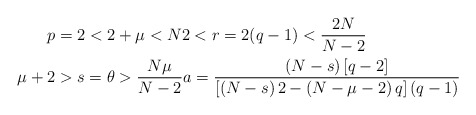
\begin{align*}p & =2<2+\mu<N2<r=2(q-1)<\frac{2N}{N-2}\\\mu+2 & >s=\theta>\frac{N\mu}{N-2}a=\frac{\left( N-s\right)\left[ q-2\right] }{\left[ \left( N-s\right) 2-\left( N-\mu-2\right)q\right] (q-1)}\end{align*}